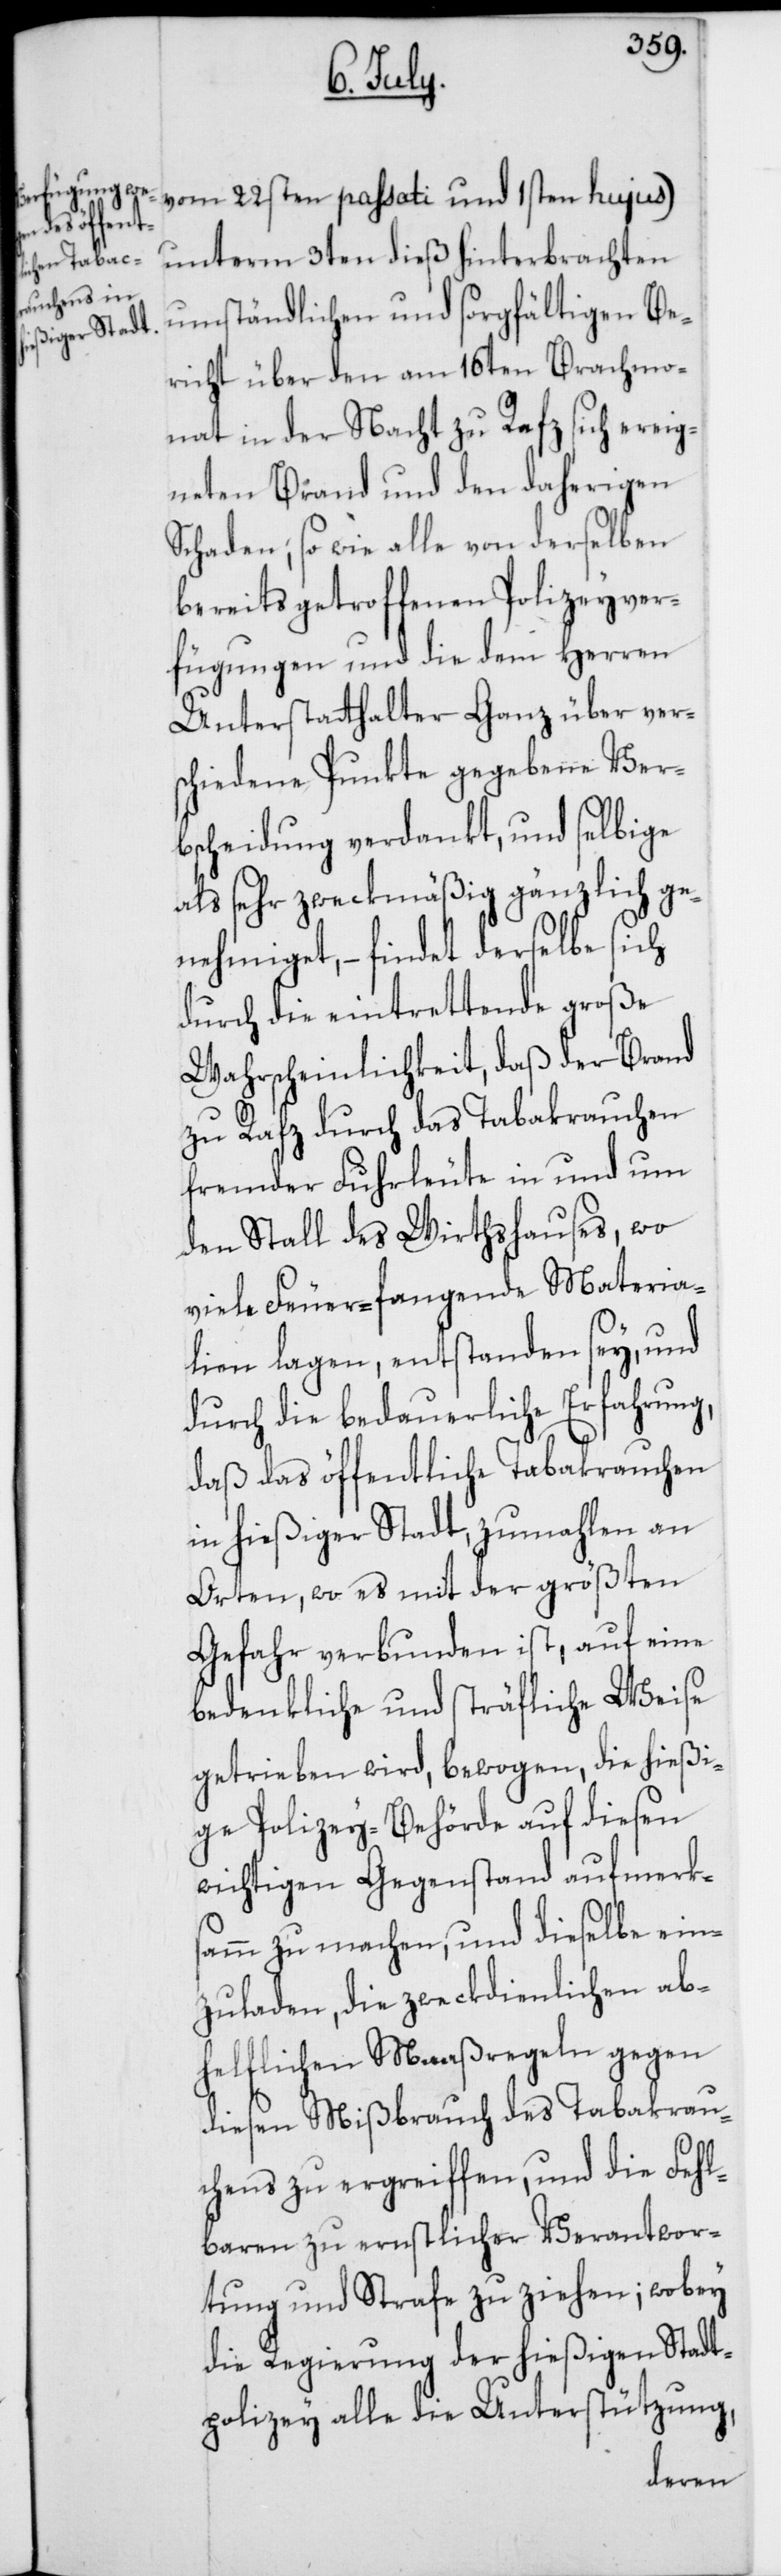
unterm 3ten dieß hinterbrachten
umständlichen und sorgfältigen Be¬
richt über den am 16ten Brachmo¬
nat in der Nacht zu Rafz sich ereig¬
neten Brand und den daherigen
Schaden; so wie alle von derselben
bereits getroffenen Polizeyver¬
fügungen und die dem Herren
Unterstatthalter Ganz über ver¬
schiedene Punkte gegebene Ver¬
bscheidung verdankt, und selbige
als sehr zweckmäßig gänzlich ge¬
nehmiget, – findet derselbe sich
durch die eintrettende große
Wahrscheinlichkeit, daß der Brand
zu Rafz durch das Tabakrauchen
fremder Fuhrleute in und um
den Stall des Wirthshauses, wo
viele Feuer-fangende Materia¬
lien lagen, entstanden sey, und
durch die bedauerliche Erfahrung,
daß das öffentliche Tabakrauchen
in hießiger Stadt, zumahlen an
Orten, wo es mit der größten
Gefahr verbunden ist, auf eine
bedenkliche und sträfliche Weise
getrieben wird, bewogen, die hießi¬
ge Polizey-Behörde auf diesen
wichtigen Gegenstand aufmerks¬
amm zu machen, und dieselbe ein¬
zuladen, die zweckdienlichen ab¬
helflichen Maaßregeln gegen
diesen Mißbrauch des Tabakrau¬
chens zu ergreiffen, und die Fehl¬
baren zu ernstlicher Verantwor¬
tung und Strafe zu ziehen; wobey
die Regierung der hießigen Stadt¬
polizey alle die Unterstützung,